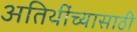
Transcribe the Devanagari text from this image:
अतिथींच्यासाठी